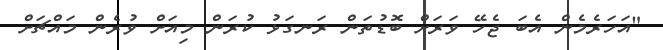
"އަހަރެމެން އެބަ ޖެހޭ ވަރަށް ބޮޑުތަން ރަނގަޅު ކުރަން މިއަށް ވުރެން މައްޗަށް